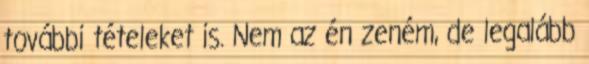
további tételeket is. Nem az én zeném, de legalább